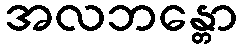
အလဘန္တော